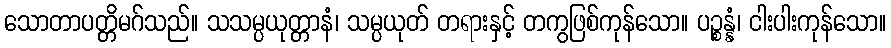
သောတာပတ္တိမဂ်သည်။ သသမ္ပယုတ္တာနံ၊ သမ္ပယုတ် တရားနှင့် တကွဖြစ်ကုန်သော။ ပဉ္စန္နံ၊ ငါးပါးကုန်သော။